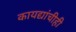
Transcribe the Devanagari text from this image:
कायद्यांचीही